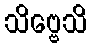
သိဗ္ဗေသိ